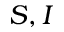
S , I